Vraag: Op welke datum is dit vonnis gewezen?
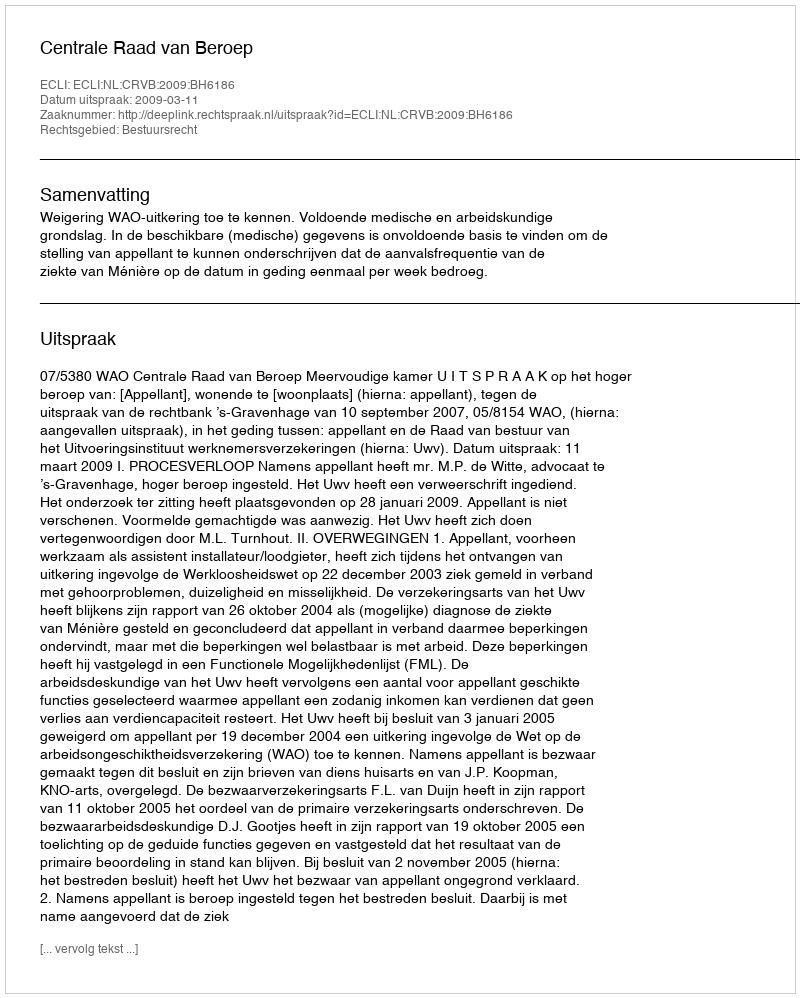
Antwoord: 2009-03-11